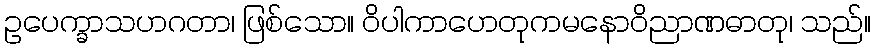
ဥပေက္ခာသဟဂတာ၊ ဖြစ်သော။ ဝိပါကာဟေတုကမနောဝိညာဏဓာတု၊ သည်။